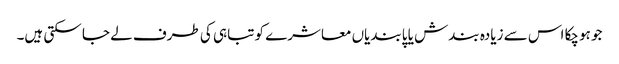
جو ہوچکا اس سے زیادہ بندش یا پابندیاں معاشرے کو تباہی کی طرف لے جا سکتی ہیں۔